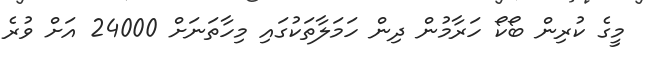
މީގެ ކުރިން ބޯކޯ ހަރާމުން ދިން ހަމަލާތަކުގައި މިހާތަނަށް 24000 އަށް ވުރެ